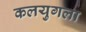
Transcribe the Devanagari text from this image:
कलयुगला